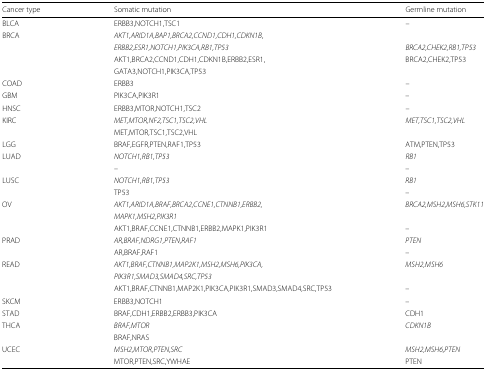
| Cancer type | Somatic mutation | Germline mutation |
 | --- | --- | --- |
 | BLCA | ERBB3,NOTCH1,TSC1 | – |
 | BRCA | AKT1,ARID1A,BAP1,BRCA2,CCND1,CDH1,CDKN1B, |  |
 |  | ERBB2,ESR1,NOTCH1,PIK3CA,RB1,TP53 | BRCA2,CHEK2,RB1,TP53 |
 |  | AKT1,BRCA2,CCND1,CDH1,CDKN1B,ERBB2,ESR1, | BRCA2,CHEK2,TP53 |
 |  | GATA3,NOTCH1,PIK3CA,TP53 |  |
 | COAD | ERBB3 | – |
 | GBM | PIK3CA,PIK3R1 | – |
 | HNSC | ERBB3,MTOR,NOTCH1,TSC2 | – |
 | KIRC | MET,MTOR,NF2,TSC1,TSC2,VHL | MET,TSC1,TSC2,VHL |
 |  | MET,MTOR,TSC1,TSC2,VHL |  |
 | LGG | BRAF,EGFR,PTEN,RAF1,TP53 | ATM,PTEN,TP53 |
 | LUAD | NOTCH1,RB1,TP53 | RB1 |
 |  | – | – |
 | LUSC | NOTCH1,RB1,TP53 | RB1 |
 |  | TP53 | – |
 | OV | AKT1,ARID1A,BRAF,BRCA2,CCNE1,CTNNB1,ERBB2, | BRCA2,MSH2,MSH6,STK11 |
 |  | MAPK1,MSH2,PIK3R1 |  |
 |  | AKT1,BRAF,CCNE1,CTNNB1,ERBB2,MAPK1,PIK3R1 | – |
 | PRAD | AR,BRAF,NDRG1,PTEN,RAF1 | PTEN |
 |  | AR,BRAF,RAF1 | – |
 | READ | AKT1,BRAF,CTNNB1,MAP2K1,MSH2,MSH6,PIK3CA, | MSH2,MSH6 |
 |  | PIK3R1,SMAD3,SMAD4,SRC,TP53 |  |
 |  | AKT1,BRAF,CTNNB1,MAP2K1,PIK3CA,PIK3R1,SMAD3,SMAD4,SRC,TP53 | – |
 | SKCM | ERBB3,NOTCH1 | – |
 | STAD | BRAF,CDH1,ERBB2,ERBB3,PIK3CA | CDH1 |
 | THCA | BRAF,MTOR | CDKN1B |
 |  | BRAF,NRAS |  |
 | UCEC | MSH2,MTOR,PTEN,SRC | MSH2,MSH6,PTEN |
 |  | MTOR,PTEN,SRC,YWHAE | PTEN |